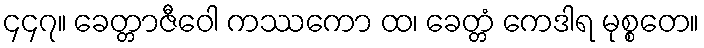
၄၄၇။ ခေတ္တာဇီဝေါ ကဿကော ထ၊ ခေတ္တံ ကေဒါရ မုစ္စတေ။